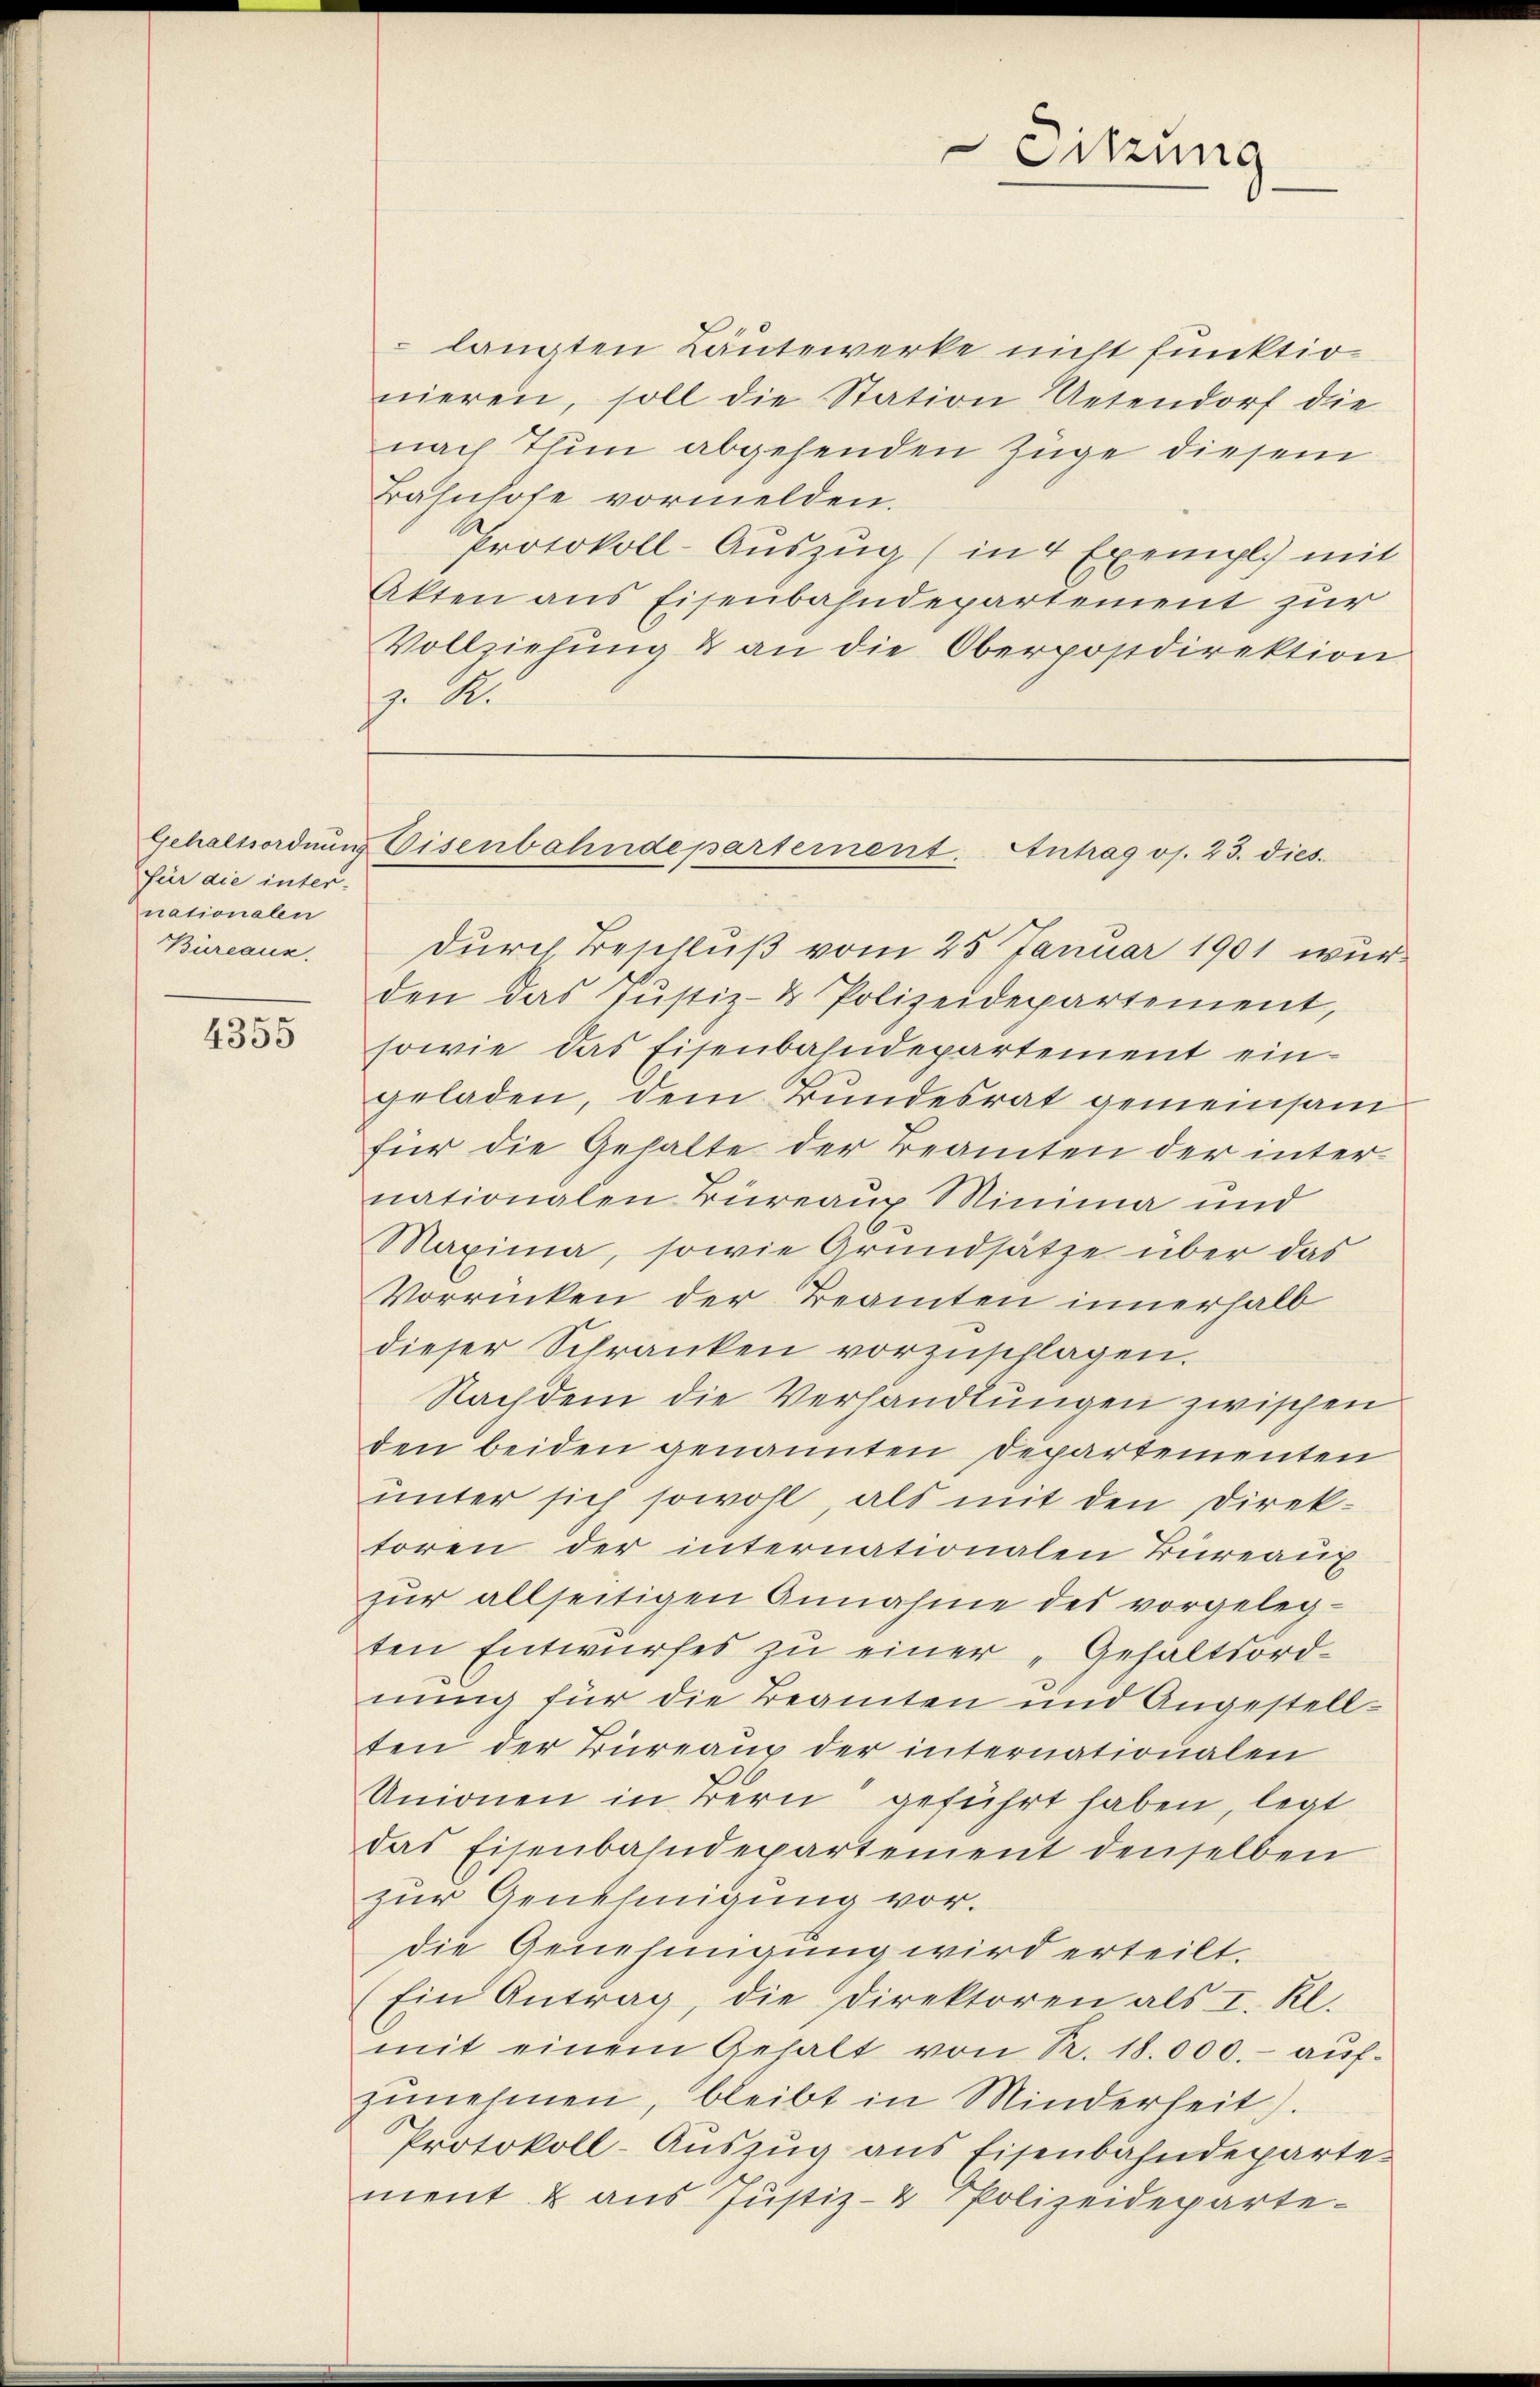
für die inter-
nationalen
Bureaux.

4355

langten Lautewerke nicht funktionieren, soll die Station Uetendorf die
nach Thun abgehenden Zuge diesem
Bahnhofe vormelden.
Protokoll-Aŭszŭg (in 4 Exempl. mit
Akten aus Eisenbahndepartement zur
Vollziehung & an die Oberpostdirektion
17. A.

Sitzung

Gehaltsordnung Eisenbahndepartement. Antrag os. 23. dies

durch Beschluß vom 25 Januar 1901 wur
den das Justiz- & Polizeidepartement,
sowie das Eisenbahndepartement ein-
geladen, dem Bundesrat gemeinsam
für die Gehalte der Beamten der internationalen Büreaup Minima und
Maxima, sowie Grundsätze über das
Vorrücken der Beamten innerhalb
dieser Schranken vorzuschlagen.
Nachdem die Verhandlungen zwischen
den beiden genannten Departementen
unter sich sowohl, als mit den Direktoren der internationalen Türeaux
zŭr allseitigen Annahme des vorgeleg-
ten Entwurfes zu einer „Gehaltsord-
nung für die Beamten und Angestellten der Büreaux der internationalen
Unionen in Bern geführt haben, legt
das Eisenbahndepartement denselben
zur Genehmigung vor.
die Genehmigung wird erteilt.
Ein Antrag, die Direktoren als I. Kl.
mit einem Gehalt von R. 18.000.- aŭf-
zunehmen, bleibt in Minderheit.
Protokoll-Auszug aus Eisenbahndeparte-
ment & aus Justiz- & Polizeideparte¬